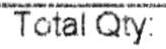
TOTAL QTY: